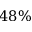
4 8 \%